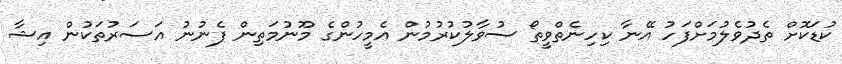
ކުޑަކޮށް ތެދުވެލުމަށްފަހު އޭނާ ކިހިނެތްވީތޯ ސުވާލުކުރުމުން އެމީހުންގެ މޫނުމަތިން ފެނުނު އަސަރުތަކުން އިޝާ